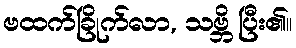
ဗထက်ခြိုက်လာ, သဗ္ဘိ ပြီး၏။